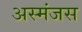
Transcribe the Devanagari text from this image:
अस्मंजस